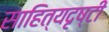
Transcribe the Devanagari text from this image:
साहित्यदृष्टी